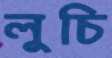
লুচি